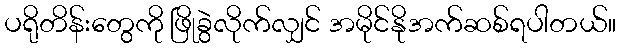
ပရိုတိန်းတွေကို ဖြိုခွဲလိုက်လျှင် အမိုင်နိုအက်ဆစ်ရပါတယ်။